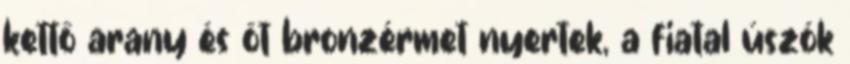
kettő arany és öt bronzérmet nyertek, a fiatal úszók